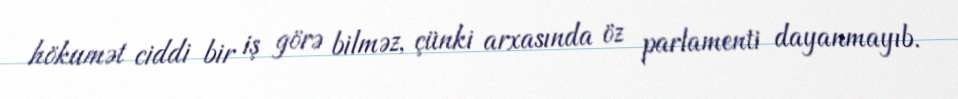
hökumət ciddi bir iş görə bilməz, çünki arxasında öz parlamenti dayanmayıb.